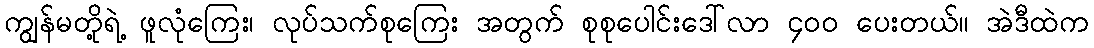
ကျွန်မတို့ရဲ့ ဖူလုံကြေး၊ လုပ်သက်စုကြေး အတွက် စုစုပေါင်းဒေါ်လာ ၄၀၀ ပေးတယ်၊၊ အဲဒီထဲက